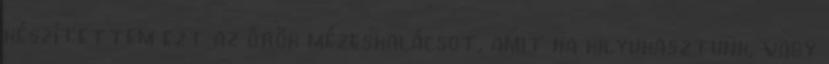
készítettem ezt az örök mézeskalácsot, amit ha kilyukasztunk, vagy